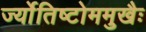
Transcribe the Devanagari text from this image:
र्ज्योतिष्टोममुखैः